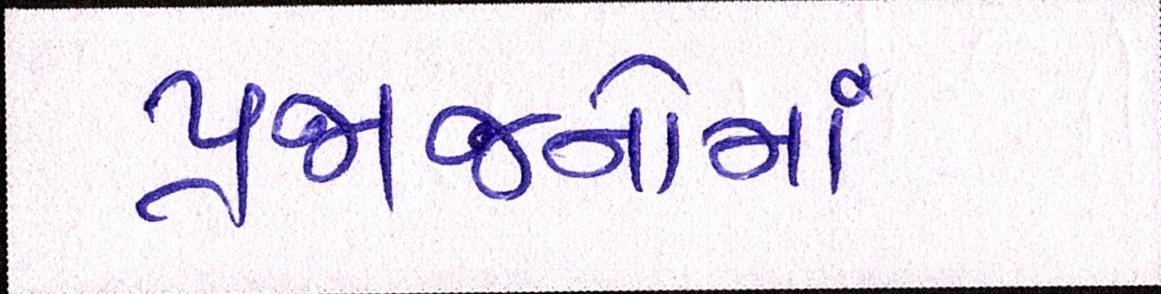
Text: પ્રજાજનોમાં